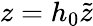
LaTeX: z=h_{0}\tilde{z}